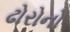
ઢોરોનો